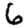
Digit: 6